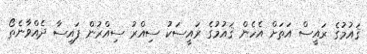
ޤައުމުގެ ރައީސް އަތަށް އެހެން ޤައުމުގެ ރައީސަކު ސިއްރު ސިއްރުން ފައިސާ ދެއްވާނެތޯ